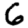
Digit: 6